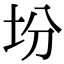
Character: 坋